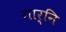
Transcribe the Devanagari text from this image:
गार्नि